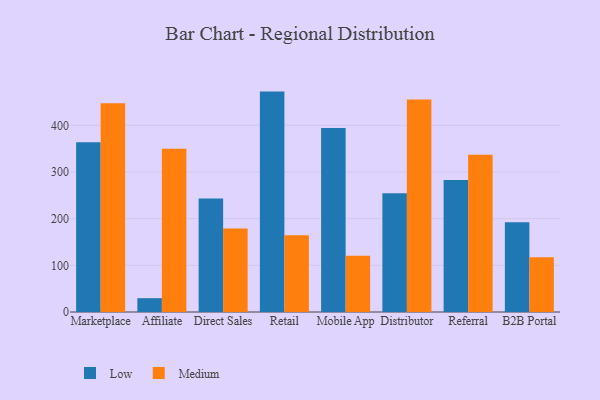
{"axis": {"x": "Channel", "y": "Market Share (%)"}, "legend": ["Low", "Medium"], "data": [{"x": "Marketplace", "y": 363.7, "type": "Low"}, {"x": "Marketplace", "y": 447.5, "type": "Medium"}, {"x": "Affiliate", "y": 29.6, "type": "Low"}, {"x": "Affiliate", "y": 349.9, "type": "Medium"}, {"x": "Direct Sales", "y": 243.0, "type": "Low"}, {"x": "Direct Sales", "y": 178.8, "type": "Medium"}, {"x": "Retail", "y": 472.2, "type": "Low"}, {"x": "Retail", "y": 164.4, "type": "Medium"}, {"x": "Mobile App", "y": 394.0, "type": "Low"}, {"x": "Mobile App", "y": 120.7, "type": "Medium"}, {"x": "Distributor", "y": 254.5, "type": "Low"}, {"x": "Distributor", "y": 455.1, "type": "Medium"}, {"x": "Referral", "y": 282.6, "type": "Low"}, {"x": "Referral", "y": 336.7, "type": "Medium"}, {"x": "B2B Portal", "y": 192.3, "type": "Low"}, {"x": "B2B Portal", "y": 117.3, "type": "Medium"}]}